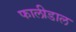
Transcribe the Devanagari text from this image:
फालीडाल